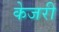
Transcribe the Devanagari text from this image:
केजरी